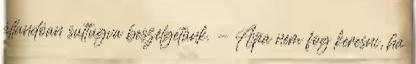
állandóan suttugva beszélgetünk. - Apa nem fog keresni, ha